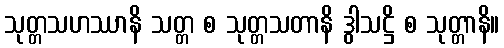
သုတ္တသဟဿာနိ သတ္တ စ သုတ္တသတာနိ ဒွါသဋ္ဌိ စ သုတ္တာနိ။